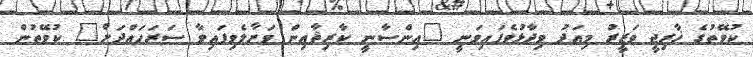
ކުވޭތުގެ ޚާރިޖީ ވަޒީރު މިއަދު ވިދާޅުވެފައިވަނީ "އިންސާނީ ކާރިޘާއިން ވަށާލެވިފައިވާ ސަރަހައްދަށް" ކުވޭތުން